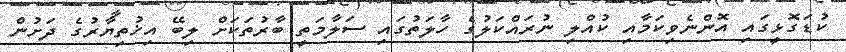
ކުޑަގޮޅީގައި އޮންނެވިކަމާއި ކުއްލި ނުރައްކަލުގެ ހާލަތުގައި ސަލާމަތީ ބާރުތަކަށް ލިބޭ އިޚުތިޔާރުގެ ދަށުން